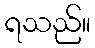
ရသည်။